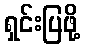
ရှင်းပြဖို့